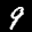
Label: 9